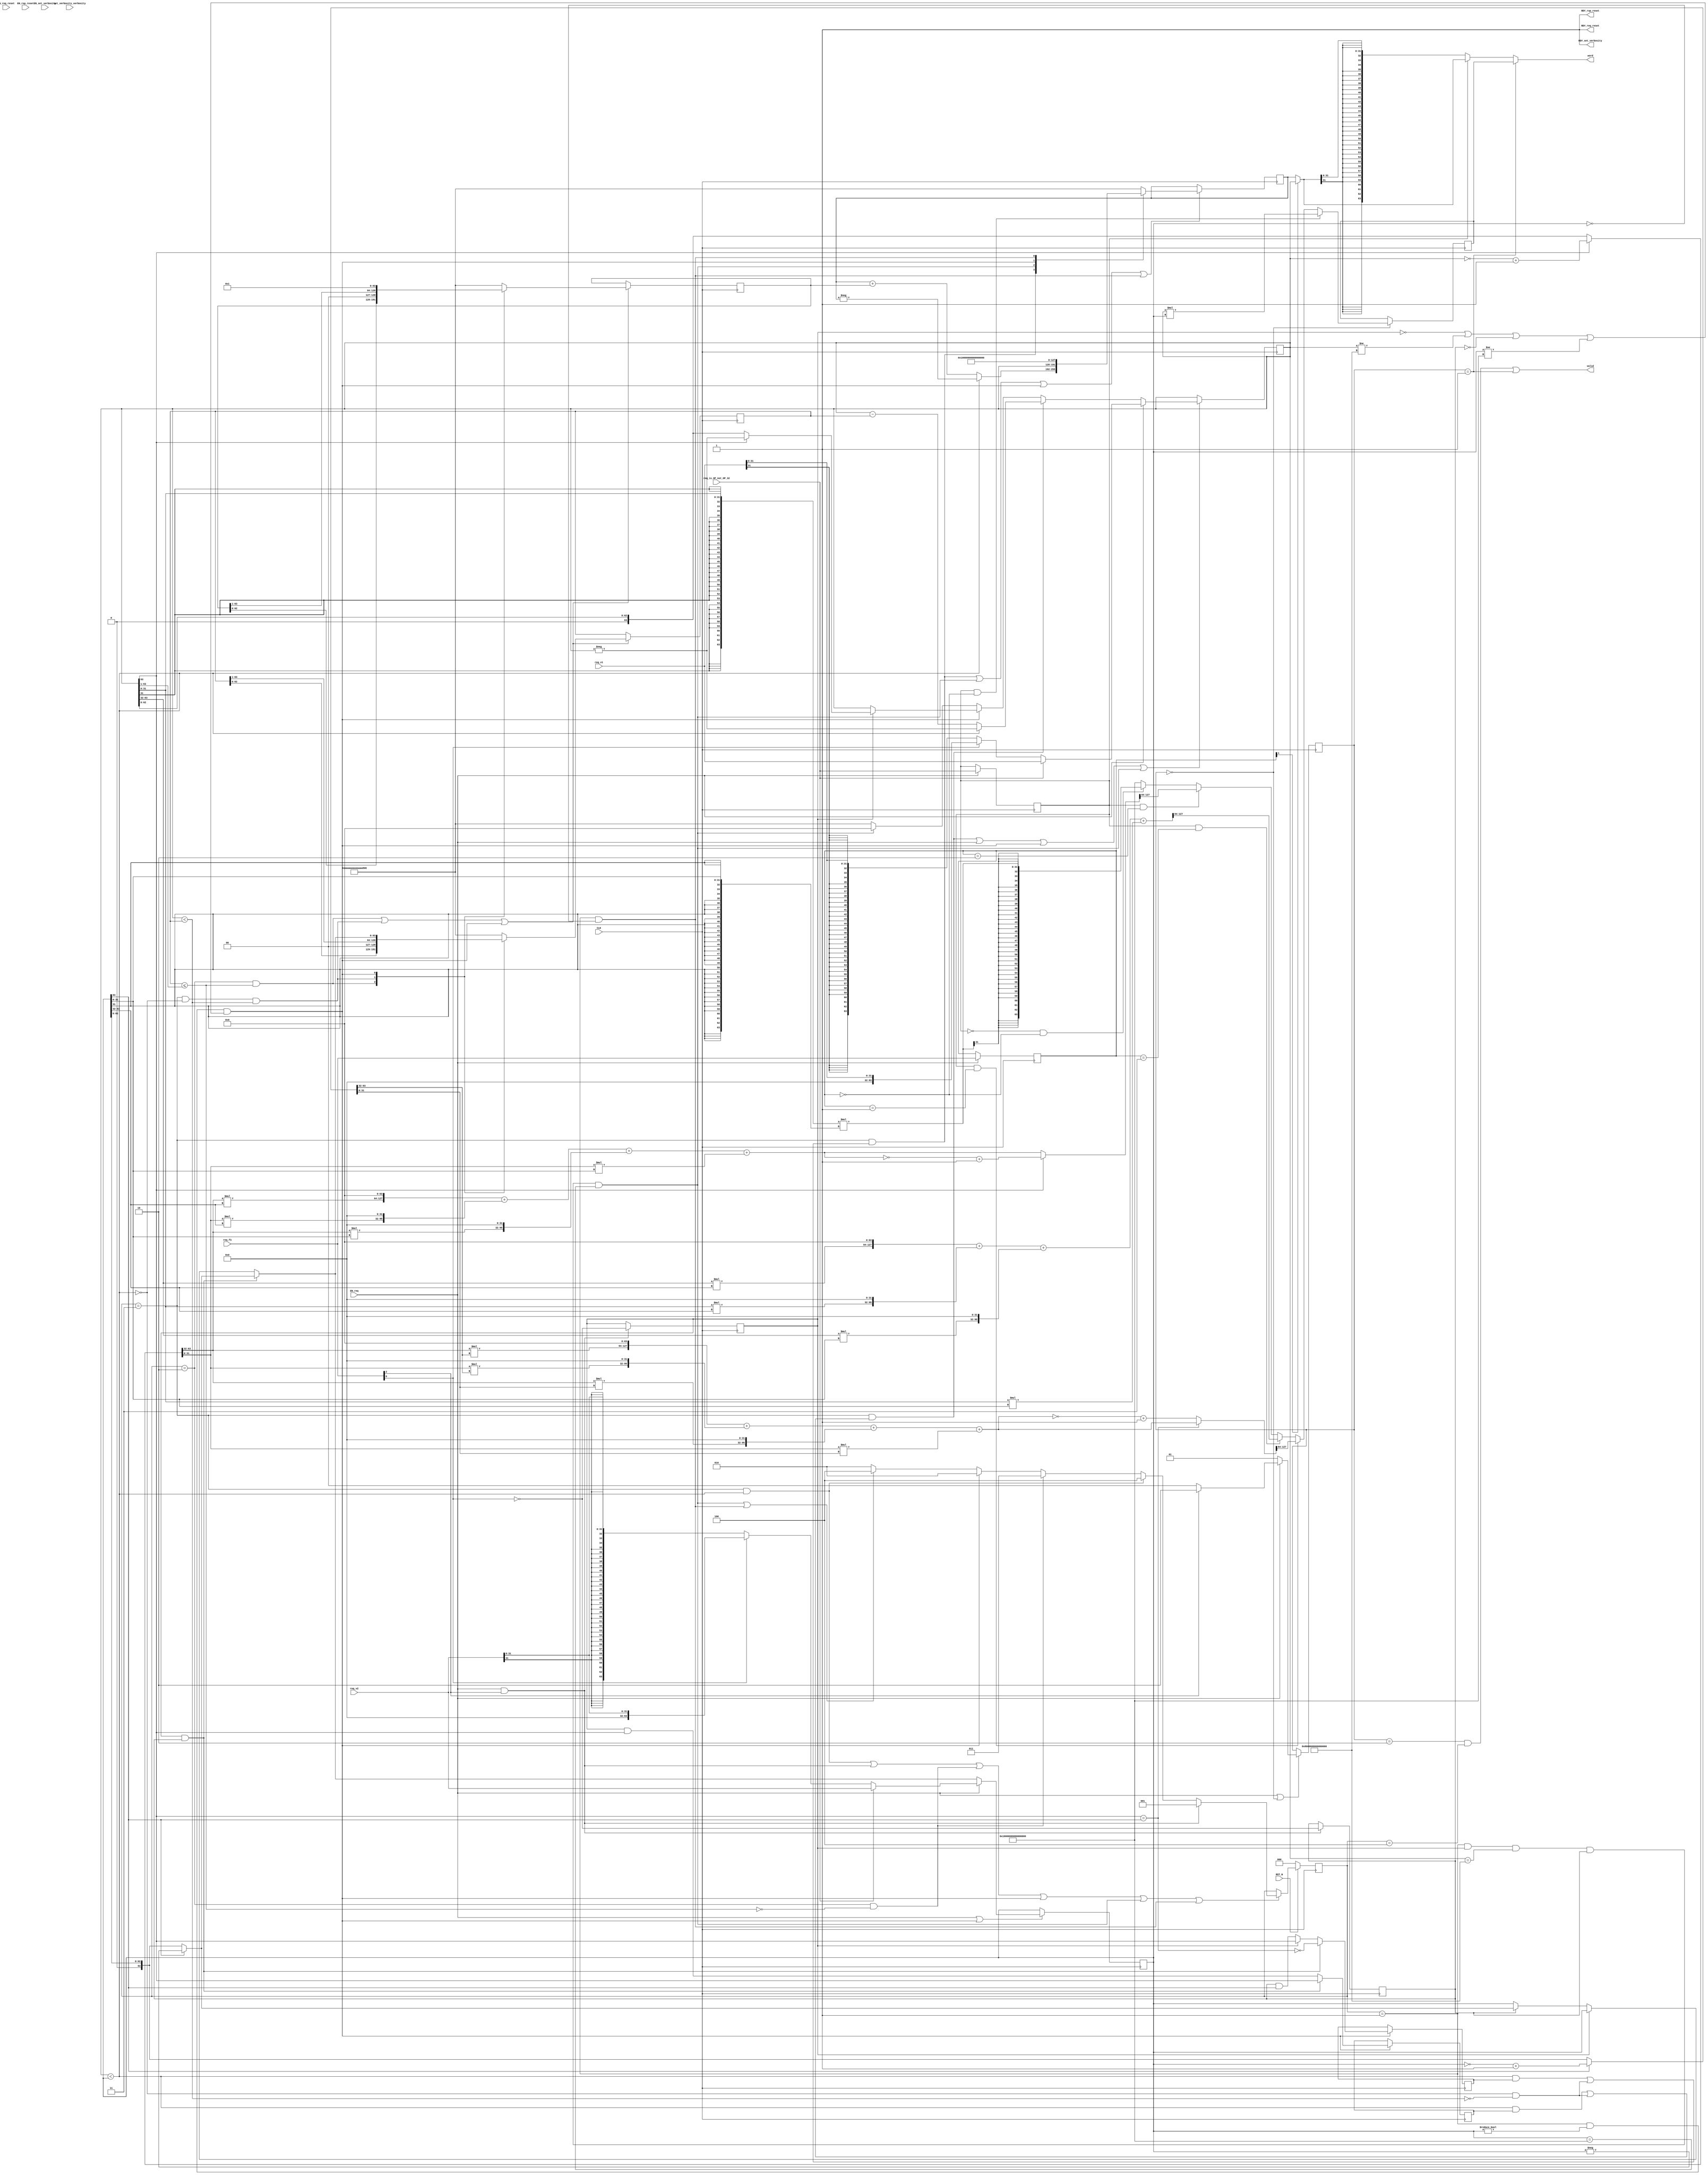
//
// Generated by Bluespec Compiler, version 2019.05.beta2 (build a88bf40db, 2019-05-24)
//
//
//
//
// Ports:
// Name                         I/O  size props
// RDY_set_verbosity              O     1 const
// RDY_req_reset                  O     1 const
// RDY_rsp_reset                  O     1 const
// valid                          O     1
// word                           O    64
// CLK                            I     1 clock
// RST_N                          I     1 reset
// set_verbosity_verbosity        I     4 reg
// req_is_OP_not_OP_32            I     1
// req_f3                         I     3
// req_v1                         I    64
// req_v2                         I    64
// EN_set_verbosity               I     1
// EN_req_reset                   I     1 unused
// EN_rsp_reset                   I     1 unused
// EN_req                         I     1
//
// No combinational paths from inputs to outputs
//
//

`ifdef BSV_ASSIGNMENT_DELAY
`else
  `define BSV_ASSIGNMENT_DELAY
`endif

`ifdef BSV_POSITIVE_RESET
  `define BSV_RESET_VALUE 1'b1
  `define BSV_RESET_EDGE posedge
`else
  `define BSV_RESET_VALUE 1'b0
  `define BSV_RESET_EDGE negedge
`endif

module mkRISCV_MBox(CLK,
		    RST_N,

		    set_verbosity_verbosity,
		    EN_set_verbosity,
		    RDY_set_verbosity,

		    EN_req_reset,
		    RDY_req_reset,

		    EN_rsp_reset,
		    RDY_rsp_reset,

		    req_is_OP_not_OP_32,
		    req_f3,
		    req_v1,
		    req_v2,
		    EN_req,

		    valid,

		    word);
  input  CLK;
  input  RST_N;

  // action method set_verbosity
  input  [3 : 0] set_verbosity_verbosity;
  input  EN_set_verbosity;
  output RDY_set_verbosity;

  // action method req_reset
  input  EN_req_reset;
  output RDY_req_reset;

  // action method rsp_reset
  input  EN_rsp_reset;
  output RDY_rsp_reset;

  // action method req
  input  req_is_OP_not_OP_32;
  input  [2 : 0] req_f3;
  input  [63 : 0] req_v1;
  input  [63 : 0] req_v2;
  input  EN_req;

  // value method valid
  output valid;

  // value method word
  output [63 : 0] word;

  // signals for module outputs
  wire [63 : 0] word;
  wire RDY_req_reset, RDY_rsp_reset, RDY_set_verbosity, valid;

  // inlined wires
  wire dw_valid$whas;

  // register cfg_verbosity
  reg [3 : 0] cfg_verbosity;
  wire [3 : 0] cfg_verbosity$D_IN;
  wire cfg_verbosity$EN;

  // register intDiv_rg_denom2
  reg [63 : 0] intDiv_rg_denom2;
  reg [63 : 0] intDiv_rg_denom2$D_IN;
  wire intDiv_rg_denom2$EN;

  // register intDiv_rg_denom_is_signed
  reg intDiv_rg_denom_is_signed;
  wire intDiv_rg_denom_is_signed$D_IN, intDiv_rg_denom_is_signed$EN;

  // register intDiv_rg_n
  reg [63 : 0] intDiv_rg_n;
  reg [63 : 0] intDiv_rg_n$D_IN;
  wire intDiv_rg_n$EN;

  // register intDiv_rg_numer_is_signed
  reg intDiv_rg_numer_is_signed;
  wire intDiv_rg_numer_is_signed$D_IN, intDiv_rg_numer_is_signed$EN;

  // register intDiv_rg_quo
  reg [63 : 0] intDiv_rg_quo;
  reg [63 : 0] intDiv_rg_quo$D_IN;
  wire intDiv_rg_quo$EN;

  // register intDiv_rg_quoIsNeg
  reg intDiv_rg_quoIsNeg;
  wire intDiv_rg_quoIsNeg$D_IN, intDiv_rg_quoIsNeg$EN;

  // register intDiv_rg_remIsNeg
  reg intDiv_rg_remIsNeg;
  wire intDiv_rg_remIsNeg$D_IN, intDiv_rg_remIsNeg$EN;

  // register intDiv_rg_state
  reg [2 : 0] intDiv_rg_state;
  reg [2 : 0] intDiv_rg_state$D_IN;
  wire intDiv_rg_state$EN;

  // register rg_f3
  reg [2 : 0] rg_f3;
  wire [2 : 0] rg_f3$D_IN;
  wire rg_f3$EN;

  // register rg_is_OP_not_OP_32
  reg rg_is_OP_not_OP_32;
  wire rg_is_OP_not_OP_32$D_IN, rg_is_OP_not_OP_32$EN;

  // register rg_result
  reg [63 : 0] rg_result;
  wire [63 : 0] rg_result$D_IN;
  wire rg_result$EN;

  // register rg_state
  reg [1 : 0] rg_state;
  wire [1 : 0] rg_state$D_IN;
  wire rg_state$EN;

  // register rg_v1
  reg [63 : 0] rg_v1;
  reg [63 : 0] rg_v1$D_IN;
  wire rg_v1$EN;

  // register rg_v2
  reg [63 : 0] rg_v2;
  wire [63 : 0] rg_v2$D_IN;
  wire rg_v2$EN;

  // rule scheduling signals
  wire CAN_FIRE_RL_intDiv_rl_loop1,
       CAN_FIRE_RL_intDiv_rl_loop2,
       CAN_FIRE_RL_intDiv_rl_start_div_by_zero,
       CAN_FIRE_RL_intDiv_rl_start_overflow,
       CAN_FIRE_RL_intDiv_rl_start_s,
       CAN_FIRE_RL_rg_div_rem,
       CAN_FIRE_RL_rl_mul,
       CAN_FIRE_RL_rl_mul2,
       CAN_FIRE_req,
       CAN_FIRE_req_reset,
       CAN_FIRE_rsp_reset,
       CAN_FIRE_set_verbosity,
       WILL_FIRE_RL_intDiv_rl_loop1,
       WILL_FIRE_RL_intDiv_rl_loop2,
       WILL_FIRE_RL_intDiv_rl_start_div_by_zero,
       WILL_FIRE_RL_intDiv_rl_start_overflow,
       WILL_FIRE_RL_intDiv_rl_start_s,
       WILL_FIRE_RL_rg_div_rem,
       WILL_FIRE_RL_rl_mul,
       WILL_FIRE_RL_rl_mul2,
       WILL_FIRE_req,
       WILL_FIRE_req_reset,
       WILL_FIRE_rsp_reset,
       WILL_FIRE_set_verbosity;

  // inputs to muxes for submodule ports
  wire [63 : 0] MUX_dw_result$wset_1__VAL_2,
		MUX_intDiv_rg_denom2$write_1__VAL_1,
		MUX_intDiv_rg_denom2$write_1__VAL_2,
		MUX_intDiv_rg_denom2$write_1__VAL_3,
		MUX_intDiv_rg_n$write_1__VAL_1,
		MUX_intDiv_rg_n$write_1__VAL_2,
		MUX_intDiv_rg_quo$write_1__VAL_1,
		MUX_rg_v1$write_1__VAL_1,
		MUX_rg_v1$write_1__VAL_2,
		MUX_rg_v1$write_1__VAL_3,
		MUX_rg_v2$write_1__VAL_1;
  wire [1 : 0] MUX_rg_state$write_1__VAL_1;
  wire MUX_intDiv_rg_denom2$write_1__SEL_1,
       MUX_intDiv_rg_denom2$write_1__SEL_2,
       MUX_intDiv_rg_quo$write_1__SEL_1,
       MUX_intDiv_rg_state$write_1__SEL_1,
       MUX_intDiv_rg_state$write_1__SEL_2,
       MUX_intDiv_rg_state$write_1__SEL_3,
       MUX_rg_v1$write_1__SEL_2;

  // declarations used by system tasks
  // synopsys translate_off
  reg [31 : 0] v__h5659;
  reg [31 : 0] v__h5653;
  // synopsys translate_on

  // remaining internal signals
  wire [127 : 0] IF_rg_v1_BIT_63_5_EQ_rg_v2_BIT_63_0_6_THEN_pro_ETC__q8,
		 IF_rg_v1_BIT_63_THEN_prod___1257_ELSE_prod189__q6,
		 SEXT_rg_v1_BITS_31_TO_0_49_87_MUL_SEXT_rg_v2_B_ETC___d189,
		 _0x0_CONCAT_IF_rg_v1_BIT_63_5_THEN_INV_rg_v1_08_ETC___d118,
		 _0x0_CONCAT_IF_rg_v1_BIT_63_5_THEN_INV_rg_v1_08_ETC___d123,
		 _0x0_CONCAT_IF_rg_v1_BIT_63_5_THEN_INV_rg_v1_08_ETC___d129,
		 _0x0_CONCAT_IF_rg_v1_BIT_63_5_THEN_INV_rg_v1_08_ETC___d133,
		 _0x0_CONCAT_IF_rg_v1_BIT_63_5_THEN_INV_rg_v1_08_ETC___d167,
		 _0x0_CONCAT_IF_rg_v1_BIT_63_5_THEN_INV_rg_v1_08_ETC___d170,
		 _0x0_CONCAT_IF_rg_v1_BIT_63_5_THEN_INV_rg_v1_08_ETC___d174,
		 _0x0_CONCAT_IF_rg_v1_BIT_63_5_THEN_INV_rg_v1_08_ETC___d178,
		 _0x0_CONCAT_rg_v1_BITS_31_TO_0_49_50_MUL_0x0_CO_ETC___d151,
		 _0x0_CONCAT_rg_v1_BITS_31_TO_0_49_50_MUL_0x0_CO_ETC___d161,
		 _0x0_CONCAT_rg_v1_BITS_63_TO_32_42_43_MUL_0x0_C_ETC___d146,
		 _0x0_CONCAT_rg_v1_BITS_63_TO_32_42_43_MUL_0x0_C_ETC___d157,
		 prod___1__h4579,
		 prod___1__h5257,
		 prod__h4469,
		 prod__h5189,
		 rg_v1_MUL_rg_v2___d105,
		 x955_PLUS_y956__q7,
		 x__h4581,
		 x__h4611,
		 x__h4613,
		 x__h4615,
		 x__h4955,
		 x__h4957,
		 x__h4959,
		 x__h5259,
		 x__h5289,
		 x__h5291,
		 x__h5293,
		 y__h4612,
		 y__h4614,
		 y__h4616,
		 y__h4956,
		 y__h4958,
		 y__h4960,
		 y__h5290,
		 y__h5292,
		 y__h5294;
  wire [63 : 0] IF_rg_f3_4_BIT_1_02_THEN_rg_v1_ELSE_intDiv_rg__ETC___d203,
		IF_rg_v1_BIT_63_5_THEN_INV_rg_v1_08_PLUS_1_09__ETC___d110,
		IF_rg_v2_BIT_63_0_THEN_INV_rg_v2_13_PLUS_1_14__ETC___d115,
		_theResult___fst__h6116,
		_theResult___fst__h6146,
		_theResult___fst__h6172,
		_theResult___fst__h818,
		_theResult___snd__h6117,
		_theResult___snd__h6147,
		_theResult___snd__h6173,
		_theResult___snd_fst__h813,
		b__h4568,
		b__h5247,
		denom___1__h760,
		numer___1__h759,
		result___1__h5911,
		v__h4449,
		v__h4890,
		v__h5169,
		v__h5536,
		v__h5553,
		x__h3986,
		x__h4072,
		x__h4142,
		x__h4157,
		x__h4715,
		x__h5066,
		x__h5117,
		x__h5297,
		x__h5339,
		x__h5381,
		y__h3865,
		y__h4620,
		y__h4787,
		y__h5382,
		y__h5484;
  wire [31 : 0] IF_rg_f3_4_BIT_1_02_THEN_rg_v1_ELSE_intDiv_rg__ETC__q9,
		SEXT_rg_v1_BITS_31_TO_0_49_87_MUL_SEXT_rg_v2_B_ETC__q5,
		req_v1_BITS_31_TO_0__q1,
		req_v2_BITS_31_TO_0__q2,
		rg_v1_BITS_31_TO_0__q3,
		rg_v2_BITS_31_TO_0__q4;
  wire IF_intDiv_rg_numer_is_signed_THEN_rg_v1_BIT_63_ETC___d39,
       intDiv_rg_denom2_4_ULE_0_CONCAT_rg_v1_BITS_63__ETC___d47,
       rg_v1_BIT_63_5_EQ_rg_v2_BIT_63_0___d36,
       rg_v1_ULT_intDiv_rg_denom2_4___d59,
       rg_v1_ULT_rg_v2___d55;

  // action method set_verbosity
  assign RDY_set_verbosity = 1'd1 ;
  assign CAN_FIRE_set_verbosity = 1'd1 ;
  assign WILL_FIRE_set_verbosity = EN_set_verbosity ;

  // action method req_reset
  assign RDY_req_reset = 1'd1 ;
  assign CAN_FIRE_req_reset = 1'd1 ;
  assign WILL_FIRE_req_reset = EN_req_reset ;

  // action method rsp_reset
  assign RDY_rsp_reset = 1'd1 ;
  assign CAN_FIRE_rsp_reset = 1'd1 ;
  assign WILL_FIRE_rsp_reset = EN_rsp_reset ;

  // action method req
  assign CAN_FIRE_req = 1'd1 ;
  assign WILL_FIRE_req = EN_req ;

  // value method valid
  assign valid = dw_valid$whas ;

  // value method word
  assign word =
	     WILL_FIRE_RL_rl_mul2 ? rg_result : MUX_dw_result$wset_1__VAL_2 ;

  // rule RL_rl_mul
  assign CAN_FIRE_RL_rl_mul = rg_state == 2'd0 ;
  assign WILL_FIRE_RL_rl_mul = rg_state == 2'd0 ;

  // rule RL_rl_mul2
  assign CAN_FIRE_RL_rl_mul2 = rg_state == 2'd1 ;
  assign WILL_FIRE_RL_rl_mul2 = CAN_FIRE_RL_rl_mul2 ;

  // rule RL_rg_div_rem
  assign CAN_FIRE_RL_rg_div_rem =
	     rg_state == 2'd2 && intDiv_rg_state == 3'd4 ;
  assign WILL_FIRE_RL_rg_div_rem = CAN_FIRE_RL_rg_div_rem ;

  // rule RL_intDiv_rl_start_div_by_zero
  assign CAN_FIRE_RL_intDiv_rl_start_div_by_zero =
	     intDiv_rg_state == 3'd1 && rg_v2 == 64'd0 ;
  assign WILL_FIRE_RL_intDiv_rl_start_div_by_zero =
	     CAN_FIRE_RL_intDiv_rl_start_div_by_zero ;

  // rule RL_intDiv_rl_start_overflow
  assign CAN_FIRE_RL_intDiv_rl_start_overflow =
	     intDiv_rg_state == 3'd1 && intDiv_rg_numer_is_signed &&
	     rg_v1 == 64'h8000000000000000 &&
	     intDiv_rg_denom_is_signed &&
	     rg_v2 == 64'hFFFFFFFFFFFFFFFF ;
  assign WILL_FIRE_RL_intDiv_rl_start_overflow =
	     CAN_FIRE_RL_intDiv_rl_start_overflow ;

  // rule RL_intDiv_rl_start_s
  assign CAN_FIRE_RL_intDiv_rl_start_s =
	     intDiv_rg_state == 3'd1 && rg_v2 != 64'd0 &&
	     (!intDiv_rg_numer_is_signed || rg_v1 != 64'h8000000000000000 ||
	      !intDiv_rg_denom_is_signed ||
	      rg_v2 != 64'hFFFFFFFFFFFFFFFF) ;
  assign WILL_FIRE_RL_intDiv_rl_start_s = CAN_FIRE_RL_intDiv_rl_start_s ;

  // rule RL_intDiv_rl_loop1
  assign CAN_FIRE_RL_intDiv_rl_loop1 = intDiv_rg_state == 3'd2 ;
  assign WILL_FIRE_RL_intDiv_rl_loop1 = CAN_FIRE_RL_intDiv_rl_loop1 ;

  // rule RL_intDiv_rl_loop2
  assign CAN_FIRE_RL_intDiv_rl_loop2 = intDiv_rg_state == 3'd3 ;
  assign WILL_FIRE_RL_intDiv_rl_loop2 = CAN_FIRE_RL_intDiv_rl_loop2 ;

  // inputs to muxes for submodule ports
  assign MUX_intDiv_rg_denom2$write_1__SEL_1 =
	     WILL_FIRE_RL_intDiv_rl_loop1 &&
	     intDiv_rg_denom2_4_ULE_0_CONCAT_rg_v1_BITS_63__ETC___d47 ;
  assign MUX_intDiv_rg_denom2$write_1__SEL_2 =
	     WILL_FIRE_RL_intDiv_rl_loop2 && !rg_v1_ULT_rg_v2___d55 &&
	     rg_v1_ULT_intDiv_rg_denom2_4___d59 ;
  assign MUX_intDiv_rg_quo$write_1__SEL_1 =
	     WILL_FIRE_RL_intDiv_rl_loop2 &&
	     (rg_v1_ULT_rg_v2___d55 && intDiv_rg_quoIsNeg ||
	      !rg_v1_ULT_rg_v2___d55 && !rg_v1_ULT_intDiv_rg_denom2_4___d59) ;
  assign MUX_intDiv_rg_state$write_1__SEL_1 = EN_req && req_f3[2] ;
  assign MUX_intDiv_rg_state$write_1__SEL_2 =
	     WILL_FIRE_RL_intDiv_rl_loop2 && rg_v1_ULT_rg_v2___d55 ;
  assign MUX_intDiv_rg_state$write_1__SEL_3 =
	     WILL_FIRE_RL_intDiv_rl_loop1 &&
	     !intDiv_rg_denom2_4_ULE_0_CONCAT_rg_v1_BITS_63__ETC___d47 ;
  assign MUX_rg_v1$write_1__SEL_2 =
	     WILL_FIRE_RL_intDiv_rl_loop2 &&
	     (rg_v1_ULT_rg_v2___d55 && intDiv_rg_remIsNeg ||
	      !rg_v1_ULT_rg_v2___d55 && !rg_v1_ULT_intDiv_rg_denom2_4___d59) ;
  assign MUX_dw_result$wset_1__VAL_2 =
	     rg_is_OP_not_OP_32 ?
	       IF_rg_f3_4_BIT_1_02_THEN_rg_v1_ELSE_intDiv_rg__ETC___d203 :
	       result___1__h5911 ;
  assign MUX_intDiv_rg_denom2$write_1__VAL_1 =
	     { intDiv_rg_denom2[62:0], 1'd0 } ;
  assign MUX_intDiv_rg_denom2$write_1__VAL_2 =
	     { 1'd0, intDiv_rg_denom2[63:1] } ;
  assign MUX_intDiv_rg_denom2$write_1__VAL_3 =
	     (intDiv_rg_numer_is_signed && intDiv_rg_denom_is_signed) ?
	       denom___1__h760 :
	       _theResult___snd_fst__h813 ;
  assign MUX_intDiv_rg_n$write_1__VAL_1 = { intDiv_rg_n[62:0], 1'd0 } ;
  assign MUX_intDiv_rg_n$write_1__VAL_2 = { 1'd0, intDiv_rg_n[63:1] } ;
  assign MUX_intDiv_rg_quo$write_1__VAL_1 =
	     rg_v1_ULT_rg_v2___d55 ? x__h4072 : x__h4157 ;
  assign MUX_rg_state$write_1__VAL_1 = req_f3[2] ? 2'd2 : 2'd0 ;
  assign MUX_rg_v1$write_1__VAL_1 =
	     req_is_OP_not_OP_32 ? req_v1 : _theResult___fst__h6116 ;
  assign MUX_rg_v1$write_1__VAL_2 =
	     rg_v1_ULT_rg_v2___d55 ? x__h4142 : x__h3986 ;
  assign MUX_rg_v1$write_1__VAL_3 =
	     intDiv_rg_numer_is_signed ? numer___1__h759 : rg_v1 ;
  assign MUX_rg_v2$write_1__VAL_1 =
	     req_is_OP_not_OP_32 ? req_v2 : _theResult___snd__h6117 ;

  // inlined wires
  assign dw_valid$whas = WILL_FIRE_RL_rg_div_rem || WILL_FIRE_RL_rl_mul2 ;

  // register cfg_verbosity
  assign cfg_verbosity$D_IN = set_verbosity_verbosity ;
  assign cfg_verbosity$EN = EN_set_verbosity ;

  // register intDiv_rg_denom2
  always@(MUX_intDiv_rg_denom2$write_1__SEL_1 or
	  MUX_intDiv_rg_denom2$write_1__VAL_1 or
	  MUX_intDiv_rg_denom2$write_1__SEL_2 or
	  MUX_intDiv_rg_denom2$write_1__VAL_2 or
	  WILL_FIRE_RL_intDiv_rl_start_s or
	  MUX_intDiv_rg_denom2$write_1__VAL_3)
  begin
    case (1'b1) // synopsys parallel_case
      MUX_intDiv_rg_denom2$write_1__SEL_1:
	  intDiv_rg_denom2$D_IN = MUX_intDiv_rg_denom2$write_1__VAL_1;
      MUX_intDiv_rg_denom2$write_1__SEL_2:
	  intDiv_rg_denom2$D_IN = MUX_intDiv_rg_denom2$write_1__VAL_2;
      WILL_FIRE_RL_intDiv_rl_start_s:
	  intDiv_rg_denom2$D_IN = MUX_intDiv_rg_denom2$write_1__VAL_3;
      default: intDiv_rg_denom2$D_IN =
		   64'hAAAAAAAAAAAAAAAA /* unspecified value */ ;
    endcase
  end
  assign intDiv_rg_denom2$EN =
	     WILL_FIRE_RL_intDiv_rl_loop1 &&
	     intDiv_rg_denom2_4_ULE_0_CONCAT_rg_v1_BITS_63__ETC___d47 ||
	     WILL_FIRE_RL_intDiv_rl_loop2 && !rg_v1_ULT_rg_v2___d55 &&
	     rg_v1_ULT_intDiv_rg_denom2_4___d59 ||
	     WILL_FIRE_RL_intDiv_rl_start_s ;

  // register intDiv_rg_denom_is_signed
  assign intDiv_rg_denom_is_signed$D_IN = !req_f3[0] ;
  assign intDiv_rg_denom_is_signed$EN = MUX_intDiv_rg_state$write_1__SEL_1 ;

  // register intDiv_rg_n
  always@(MUX_intDiv_rg_denom2$write_1__SEL_1 or
	  MUX_intDiv_rg_n$write_1__VAL_1 or
	  MUX_intDiv_rg_denom2$write_1__SEL_2 or
	  MUX_intDiv_rg_n$write_1__VAL_2 or WILL_FIRE_RL_intDiv_rl_start_s)
  begin
    case (1'b1) // synopsys parallel_case
      MUX_intDiv_rg_denom2$write_1__SEL_1:
	  intDiv_rg_n$D_IN = MUX_intDiv_rg_n$write_1__VAL_1;
      MUX_intDiv_rg_denom2$write_1__SEL_2:
	  intDiv_rg_n$D_IN = MUX_intDiv_rg_n$write_1__VAL_2;
      WILL_FIRE_RL_intDiv_rl_start_s: intDiv_rg_n$D_IN = 64'd1;
      default: intDiv_rg_n$D_IN =
		   64'hAAAAAAAAAAAAAAAA /* unspecified value */ ;
    endcase
  end
  assign intDiv_rg_n$EN =
	     WILL_FIRE_RL_intDiv_rl_loop1 &&
	     intDiv_rg_denom2_4_ULE_0_CONCAT_rg_v1_BITS_63__ETC___d47 ||
	     WILL_FIRE_RL_intDiv_rl_loop2 && !rg_v1_ULT_rg_v2___d55 &&
	     rg_v1_ULT_intDiv_rg_denom2_4___d59 ||
	     WILL_FIRE_RL_intDiv_rl_start_s ;

  // register intDiv_rg_numer_is_signed
  assign intDiv_rg_numer_is_signed$D_IN = !req_f3[0] ;
  assign intDiv_rg_numer_is_signed$EN = MUX_intDiv_rg_state$write_1__SEL_1 ;

  // register intDiv_rg_quo
  always@(MUX_intDiv_rg_quo$write_1__SEL_1 or
	  MUX_intDiv_rg_quo$write_1__VAL_1 or
	  WILL_FIRE_RL_intDiv_rl_start_overflow or
	  rg_v1 or
	  WILL_FIRE_RL_intDiv_rl_start_s or
	  WILL_FIRE_RL_intDiv_rl_start_div_by_zero)
  begin
    case (1'b1) // synopsys parallel_case
      MUX_intDiv_rg_quo$write_1__SEL_1:
	  intDiv_rg_quo$D_IN = MUX_intDiv_rg_quo$write_1__VAL_1;
      WILL_FIRE_RL_intDiv_rl_start_overflow: intDiv_rg_quo$D_IN = rg_v1;
      WILL_FIRE_RL_intDiv_rl_start_s: intDiv_rg_quo$D_IN = 64'd0;
      WILL_FIRE_RL_intDiv_rl_start_div_by_zero:
	  intDiv_rg_quo$D_IN = 64'hFFFFFFFFFFFFFFFF;
      default: intDiv_rg_quo$D_IN =
		   64'hAAAAAAAAAAAAAAAA /* unspecified value */ ;
    endcase
  end
  assign intDiv_rg_quo$EN =
	     MUX_intDiv_rg_quo$write_1__SEL_1 ||
	     WILL_FIRE_RL_intDiv_rl_start_overflow ||
	     WILL_FIRE_RL_intDiv_rl_start_s ||
	     WILL_FIRE_RL_intDiv_rl_start_div_by_zero ;

  // register intDiv_rg_quoIsNeg
  assign intDiv_rg_quoIsNeg$D_IN =
	     (intDiv_rg_numer_is_signed && intDiv_rg_denom_is_signed) ?
	       !rg_v1_BIT_63_5_EQ_rg_v2_BIT_63_0___d36 :
	       IF_intDiv_rg_numer_is_signed_THEN_rg_v1_BIT_63_ETC___d39 ;
  assign intDiv_rg_quoIsNeg$EN = CAN_FIRE_RL_intDiv_rl_start_s ;

  // register intDiv_rg_remIsNeg
  assign intDiv_rg_remIsNeg$D_IN =
	     (intDiv_rg_numer_is_signed && intDiv_rg_denom_is_signed) ?
	       rg_v1[63] :
	       intDiv_rg_numer_is_signed && rg_v1[63] ;
  assign intDiv_rg_remIsNeg$EN = CAN_FIRE_RL_intDiv_rl_start_s ;

  // register intDiv_rg_state
  always@(MUX_intDiv_rg_state$write_1__SEL_1 or
	  MUX_intDiv_rg_state$write_1__SEL_2 or
	  MUX_intDiv_rg_state$write_1__SEL_3 or
	  WILL_FIRE_RL_intDiv_rl_start_s or
	  WILL_FIRE_RL_intDiv_rl_start_overflow or
	  WILL_FIRE_RL_intDiv_rl_start_div_by_zero)
  case (1'b1)
    MUX_intDiv_rg_state$write_1__SEL_1: intDiv_rg_state$D_IN = 3'd1;
    MUX_intDiv_rg_state$write_1__SEL_2: intDiv_rg_state$D_IN = 3'd4;
    MUX_intDiv_rg_state$write_1__SEL_3: intDiv_rg_state$D_IN = 3'd3;
    WILL_FIRE_RL_intDiv_rl_start_s: intDiv_rg_state$D_IN = 3'd2;
    WILL_FIRE_RL_intDiv_rl_start_overflow ||
    WILL_FIRE_RL_intDiv_rl_start_div_by_zero:
	intDiv_rg_state$D_IN = 3'd4;
    default: intDiv_rg_state$D_IN = 3'b010 /* unspecified value */ ;
  endcase
  assign intDiv_rg_state$EN =
	     WILL_FIRE_RL_intDiv_rl_loop2 && rg_v1_ULT_rg_v2___d55 ||
	     EN_req && req_f3[2] ||
	     WILL_FIRE_RL_intDiv_rl_loop1 &&
	     !intDiv_rg_denom2_4_ULE_0_CONCAT_rg_v1_BITS_63__ETC___d47 ||
	     WILL_FIRE_RL_intDiv_rl_start_s ||
	     WILL_FIRE_RL_intDiv_rl_start_overflow ||
	     WILL_FIRE_RL_intDiv_rl_start_div_by_zero ;

  // register rg_f3
  assign rg_f3$D_IN = req_f3 ;
  assign rg_f3$EN = EN_req ;

  // register rg_is_OP_not_OP_32
  assign rg_is_OP_not_OP_32$D_IN = req_is_OP_not_OP_32 ;
  assign rg_is_OP_not_OP_32$EN = EN_req ;

  // register rg_result
  assign rg_result$D_IN =
	     (rg_is_OP_not_OP_32 && rg_f3 == 3'b0) ?
	       rg_v1_MUL_rg_v2___d105[63:0] :
	       v__h4449 ;
  assign rg_result$EN = rg_state == 2'd0 ;

  // register rg_state
  assign rg_state$D_IN = EN_req ? MUX_rg_state$write_1__VAL_1 : 2'd1 ;
  assign rg_state$EN = EN_req || WILL_FIRE_RL_rl_mul ;

  // register rg_v1
  always@(EN_req or
	  MUX_rg_v1$write_1__VAL_1 or
	  MUX_rg_v1$write_1__SEL_2 or
	  MUX_rg_v1$write_1__VAL_2 or
	  WILL_FIRE_RL_intDiv_rl_start_s or
	  MUX_rg_v1$write_1__VAL_3 or WILL_FIRE_RL_intDiv_rl_start_overflow)
  case (1'b1)
    EN_req: rg_v1$D_IN = MUX_rg_v1$write_1__VAL_1;
    MUX_rg_v1$write_1__SEL_2: rg_v1$D_IN = MUX_rg_v1$write_1__VAL_2;
    WILL_FIRE_RL_intDiv_rl_start_s: rg_v1$D_IN = MUX_rg_v1$write_1__VAL_3;
    WILL_FIRE_RL_intDiv_rl_start_overflow: rg_v1$D_IN = 64'd0;
    default: rg_v1$D_IN = 64'hAAAAAAAAAAAAAAAA /* unspecified value */ ;
  endcase
  assign rg_v1$EN =
	     MUX_rg_v1$write_1__SEL_2 || EN_req ||
	     WILL_FIRE_RL_intDiv_rl_start_s ||
	     WILL_FIRE_RL_intDiv_rl_start_overflow ;

  // register rg_v2
  assign rg_v2$D_IN =
	     EN_req ?
	       MUX_rg_v2$write_1__VAL_1 :
	       MUX_intDiv_rg_denom2$write_1__VAL_3 ;
  assign rg_v2$EN = EN_req || WILL_FIRE_RL_intDiv_rl_start_s ;

  // remaining internal signals
  assign IF_intDiv_rg_numer_is_signed_THEN_rg_v1_BIT_63_ETC___d39 =
	     intDiv_rg_numer_is_signed ?
	       rg_v1[63] :
	       intDiv_rg_denom_is_signed && rg_v2[63] ;
  assign IF_rg_f3_4_BIT_1_02_THEN_rg_v1_ELSE_intDiv_rg__ETC___d203 =
	     rg_f3[1] ? rg_v1 : intDiv_rg_quo ;
  assign IF_rg_f3_4_BIT_1_02_THEN_rg_v1_ELSE_intDiv_rg__ETC__q9 =
	     IF_rg_f3_4_BIT_1_02_THEN_rg_v1_ELSE_intDiv_rg__ETC___d203[31:0] ;
  assign IF_rg_v1_BIT_63_5_EQ_rg_v2_BIT_63_0_6_THEN_pro_ETC__q8 =
	     rg_v1_BIT_63_5_EQ_rg_v2_BIT_63_0___d36 ?
	       prod__h4469 :
	       prod___1__h4579 ;
  assign IF_rg_v1_BIT_63_5_THEN_INV_rg_v1_08_PLUS_1_09__ETC___d110 =
	     rg_v1[63] ? b__h5247 : rg_v1 ;
  assign IF_rg_v1_BIT_63_THEN_prod___1257_ELSE_prod189__q6 =
	     rg_v1[63] ? prod___1__h5257 : prod__h5189 ;
  assign IF_rg_v2_BIT_63_0_THEN_INV_rg_v2_13_PLUS_1_14__ETC___d115 =
	     rg_v2[63] ? b__h4568 : rg_v2 ;
  assign SEXT_rg_v1_BITS_31_TO_0_49_87_MUL_SEXT_rg_v2_B_ETC___d189 =
	     { {32{rg_v1_BITS_31_TO_0__q3[31]}}, rg_v1_BITS_31_TO_0__q3 } *
	     { {32{rg_v2_BITS_31_TO_0__q4[31]}}, rg_v2_BITS_31_TO_0__q4 } ;
  assign SEXT_rg_v1_BITS_31_TO_0_49_87_MUL_SEXT_rg_v2_B_ETC__q5 =
	     SEXT_rg_v1_BITS_31_TO_0_49_87_MUL_SEXT_rg_v2_B_ETC___d189[31:0] ;
  assign _0x0_CONCAT_IF_rg_v1_BIT_63_5_THEN_INV_rg_v1_08_ETC___d118 =
	     x__h5297 * y__h4620 ;
  assign _0x0_CONCAT_IF_rg_v1_BIT_63_5_THEN_INV_rg_v1_08_ETC___d123 =
	     x__h5381 * y__h4620 ;
  assign _0x0_CONCAT_IF_rg_v1_BIT_63_5_THEN_INV_rg_v1_08_ETC___d129 =
	     x__h5297 * y__h4787 ;
  assign _0x0_CONCAT_IF_rg_v1_BIT_63_5_THEN_INV_rg_v1_08_ETC___d133 =
	     x__h5381 * y__h4787 ;
  assign _0x0_CONCAT_IF_rg_v1_BIT_63_5_THEN_INV_rg_v1_08_ETC___d167 =
	     x__h5297 * y__h5382 ;
  assign _0x0_CONCAT_IF_rg_v1_BIT_63_5_THEN_INV_rg_v1_08_ETC___d170 =
	     x__h5381 * y__h5382 ;
  assign _0x0_CONCAT_IF_rg_v1_BIT_63_5_THEN_INV_rg_v1_08_ETC___d174 =
	     x__h5297 * y__h5484 ;
  assign _0x0_CONCAT_IF_rg_v1_BIT_63_5_THEN_INV_rg_v1_08_ETC___d178 =
	     x__h5381 * y__h5484 ;
  assign _0x0_CONCAT_rg_v1_BITS_31_TO_0_49_50_MUL_0x0_CO_ETC___d151 =
	     x__h5117 * y__h5382 ;
  assign _0x0_CONCAT_rg_v1_BITS_31_TO_0_49_50_MUL_0x0_CO_ETC___d161 =
	     x__h5117 * y__h5484 ;
  assign _0x0_CONCAT_rg_v1_BITS_63_TO_32_42_43_MUL_0x0_C_ETC___d146 =
	     x__h5066 * y__h5382 ;
  assign _0x0_CONCAT_rg_v1_BITS_63_TO_32_42_43_MUL_0x0_C_ETC___d157 =
	     x__h5066 * y__h5484 ;
  assign _theResult___fst__h6116 =
	     req_f3[0] ? _theResult___fst__h6172 : _theResult___fst__h6146 ;
  assign _theResult___fst__h6146 =
	     { {32{req_v1_BITS_31_TO_0__q1[31]}}, req_v1_BITS_31_TO_0__q1 } ;
  assign _theResult___fst__h6172 = { 32'd0, req_v1[31:0] } ;
  assign _theResult___fst__h818 =
	     intDiv_rg_denom_is_signed ? denom___1__h760 : rg_v2 ;
  assign _theResult___snd__h6117 =
	     req_f3[0] ? _theResult___snd__h6173 : _theResult___snd__h6147 ;
  assign _theResult___snd__h6147 =
	     { {32{req_v2_BITS_31_TO_0__q2[31]}}, req_v2_BITS_31_TO_0__q2 } ;
  assign _theResult___snd__h6173 = { 32'd0, req_v2[31:0] } ;
  assign _theResult___snd_fst__h813 =
	     intDiv_rg_numer_is_signed ? rg_v2 : _theResult___fst__h818 ;
  assign b__h4568 = x__h4715 + 64'd1 ;
  assign b__h5247 = x__h5339 + 64'd1 ;
  assign denom___1__h760 = rg_v2[63] ? -rg_v2 : rg_v2 ;
  assign intDiv_rg_denom2_4_ULE_0_CONCAT_rg_v1_BITS_63__ETC___d47 =
	     intDiv_rg_denom2 <= y__h3865 ;
  assign numer___1__h759 = rg_v1[63] ? x__h4142 : rg_v1 ;
  assign prod___1__h4579 = x__h4581 + 128'd1 ;
  assign prod___1__h5257 = x__h5259 + 128'd1 ;
  assign prod__h4469 = x__h4611 + y__h4612 ;
  assign prod__h5189 = x__h5289 + y__h5290 ;
  assign req_v1_BITS_31_TO_0__q1 = req_v1[31:0] ;
  assign req_v2_BITS_31_TO_0__q2 = req_v2[31:0] ;
  assign result___1__h5911 =
	     { {32{IF_rg_f3_4_BIT_1_02_THEN_rg_v1_ELSE_intDiv_rg__ETC__q9[31]}},
	       IF_rg_f3_4_BIT_1_02_THEN_rg_v1_ELSE_intDiv_rg__ETC__q9 } ;
  assign rg_v1_BITS_31_TO_0__q3 = rg_v1[31:0] ;
  assign rg_v1_BIT_63_5_EQ_rg_v2_BIT_63_0___d36 = rg_v1[63] == rg_v2[63] ;
  assign rg_v1_MUL_rg_v2___d105 = rg_v1 * rg_v2 ;
  assign rg_v1_ULT_intDiv_rg_denom2_4___d59 = rg_v1 < intDiv_rg_denom2 ;
  assign rg_v1_ULT_rg_v2___d55 = rg_v1 < rg_v2 ;
  assign rg_v2_BITS_31_TO_0__q4 = rg_v2[31:0] ;
  assign v__h4449 =
	     (rg_is_OP_not_OP_32 && rg_f3 == 3'b001) ?
	       IF_rg_v1_BIT_63_5_EQ_rg_v2_BIT_63_0_6_THEN_pro_ETC__q8[127:64] :
	       v__h4890 ;
  assign v__h4890 =
	     (rg_is_OP_not_OP_32 && rg_f3 == 3'b011) ?
	       x955_PLUS_y956__q7[127:64] :
	       v__h5169 ;
  assign v__h5169 =
	     (rg_is_OP_not_OP_32 && rg_f3 == 3'b010) ?
	       IF_rg_v1_BIT_63_THEN_prod___1257_ELSE_prod189__q6[127:64] :
	       v__h5536 ;
  assign v__h5536 =
	     (!rg_is_OP_not_OP_32 && rg_f3 == 3'b0) ?
	       v__h5553 :
	       64'hFFFFFFFFFFFFFFFF ;
  assign v__h5553 =
	     { {32{SEXT_rg_v1_BITS_31_TO_0_49_87_MUL_SEXT_rg_v2_B_ETC__q5[31]}},
	       SEXT_rg_v1_BITS_31_TO_0_49_87_MUL_SEXT_rg_v2_B_ETC__q5 } ;
  assign x955_PLUS_y956__q7 = x__h4955 + y__h4956 ;
  assign x__h3986 = rg_v1 - intDiv_rg_denom2 ;
  assign x__h4072 = -intDiv_rg_quo ;
  assign x__h4142 = -rg_v1 ;
  assign x__h4157 = intDiv_rg_quo + intDiv_rg_n ;
  assign x__h4581 = ~prod__h4469 ;
  assign x__h4611 = x__h4613 + y__h4614 ;
  assign x__h4613 = x__h4615 + y__h4616 ;
  assign x__h4615 =
	     { _0x0_CONCAT_IF_rg_v1_BIT_63_5_THEN_INV_rg_v1_08_ETC___d118[63:0],
	       64'h0 } ;
  assign x__h4715 = ~rg_v2 ;
  assign x__h4955 = x__h4957 + y__h4958 ;
  assign x__h4957 = x__h4959 + y__h4960 ;
  assign x__h4959 =
	     { _0x0_CONCAT_rg_v1_BITS_63_TO_32_42_43_MUL_0x0_C_ETC___d146[63:0],
	       64'h0 } ;
  assign x__h5066 = { 32'h0, rg_v1[63:32] } ;
  assign x__h5117 = { 32'h0, rg_v1[31:0] } ;
  assign x__h5259 = ~prod__h5189 ;
  assign x__h5289 = x__h5291 + y__h5292 ;
  assign x__h5291 = x__h5293 + y__h5294 ;
  assign x__h5293 =
	     { _0x0_CONCAT_IF_rg_v1_BIT_63_5_THEN_INV_rg_v1_08_ETC___d167[63:0],
	       64'h0 } ;
  assign x__h5297 =
	     { 32'h0,
	       IF_rg_v1_BIT_63_5_THEN_INV_rg_v1_08_PLUS_1_09__ETC___d110[63:32] } ;
  assign x__h5339 = ~rg_v1 ;
  assign x__h5381 =
	     { 32'h0,
	       IF_rg_v1_BIT_63_5_THEN_INV_rg_v1_08_PLUS_1_09__ETC___d110[31:0] } ;
  assign y__h3865 = { 1'd0, rg_v1[63:1] } ;
  assign y__h4612 =
	     { 64'h0,
	       _0x0_CONCAT_IF_rg_v1_BIT_63_5_THEN_INV_rg_v1_08_ETC___d133[63:0] } ;
  assign y__h4614 =
	     { 32'h0,
	       _0x0_CONCAT_IF_rg_v1_BIT_63_5_THEN_INV_rg_v1_08_ETC___d129[63:0],
	       32'h0 } ;
  assign y__h4616 =
	     { 32'h0,
	       _0x0_CONCAT_IF_rg_v1_BIT_63_5_THEN_INV_rg_v1_08_ETC___d123[63:0],
	       32'h0 } ;
  assign y__h4620 =
	     { 32'h0,
	       IF_rg_v2_BIT_63_0_THEN_INV_rg_v2_13_PLUS_1_14__ETC___d115[63:32] } ;
  assign y__h4787 =
	     { 32'h0,
	       IF_rg_v2_BIT_63_0_THEN_INV_rg_v2_13_PLUS_1_14__ETC___d115[31:0] } ;
  assign y__h4956 =
	     { 64'h0,
	       _0x0_CONCAT_rg_v1_BITS_31_TO_0_49_50_MUL_0x0_CO_ETC___d161[63:0] } ;
  assign y__h4958 =
	     { 32'h0,
	       _0x0_CONCAT_rg_v1_BITS_63_TO_32_42_43_MUL_0x0_C_ETC___d157[63:0],
	       32'h0 } ;
  assign y__h4960 =
	     { 32'h0,
	       _0x0_CONCAT_rg_v1_BITS_31_TO_0_49_50_MUL_0x0_CO_ETC___d151[63:0],
	       32'h0 } ;
  assign y__h5290 =
	     { 64'h0,
	       _0x0_CONCAT_IF_rg_v1_BIT_63_5_THEN_INV_rg_v1_08_ETC___d178[63:0] } ;
  assign y__h5292 =
	     { 32'h0,
	       _0x0_CONCAT_IF_rg_v1_BIT_63_5_THEN_INV_rg_v1_08_ETC___d174[63:0],
	       32'h0 } ;
  assign y__h5294 =
	     { 32'h0,
	       _0x0_CONCAT_IF_rg_v1_BIT_63_5_THEN_INV_rg_v1_08_ETC___d170[63:0],
	       32'h0 } ;
  assign y__h5382 = { 32'h0, rg_v2[63:32] } ;
  assign y__h5484 = { 32'h0, rg_v2[31:0] } ;

  // handling of inlined registers

  always@(posedge CLK)
  begin
    if (RST_N == `BSV_RESET_VALUE)
      begin
        cfg_verbosity <= `BSV_ASSIGNMENT_DELAY 4'd0;
	intDiv_rg_state <= `BSV_ASSIGNMENT_DELAY 3'd0;
      end
    else
      begin
        if (cfg_verbosity$EN)
	  cfg_verbosity <= `BSV_ASSIGNMENT_DELAY cfg_verbosity$D_IN;
	if (intDiv_rg_state$EN)
	  intDiv_rg_state <= `BSV_ASSIGNMENT_DELAY intDiv_rg_state$D_IN;
      end
    if (intDiv_rg_denom2$EN)
      intDiv_rg_denom2 <= `BSV_ASSIGNMENT_DELAY intDiv_rg_denom2$D_IN;
    if (intDiv_rg_denom_is_signed$EN)
      intDiv_rg_denom_is_signed <= `BSV_ASSIGNMENT_DELAY
	  intDiv_rg_denom_is_signed$D_IN;
    if (intDiv_rg_n$EN) intDiv_rg_n <= `BSV_ASSIGNMENT_DELAY intDiv_rg_n$D_IN;
    if (intDiv_rg_numer_is_signed$EN)
      intDiv_rg_numer_is_signed <= `BSV_ASSIGNMENT_DELAY
	  intDiv_rg_numer_is_signed$D_IN;
    if (intDiv_rg_quo$EN)
      intDiv_rg_quo <= `BSV_ASSIGNMENT_DELAY intDiv_rg_quo$D_IN;
    if (intDiv_rg_quoIsNeg$EN)
      intDiv_rg_quoIsNeg <= `BSV_ASSIGNMENT_DELAY intDiv_rg_quoIsNeg$D_IN;
    if (intDiv_rg_remIsNeg$EN)
      intDiv_rg_remIsNeg <= `BSV_ASSIGNMENT_DELAY intDiv_rg_remIsNeg$D_IN;
    if (rg_f3$EN) rg_f3 <= `BSV_ASSIGNMENT_DELAY rg_f3$D_IN;
    if (rg_is_OP_not_OP_32$EN)
      rg_is_OP_not_OP_32 <= `BSV_ASSIGNMENT_DELAY rg_is_OP_not_OP_32$D_IN;
    if (rg_result$EN) rg_result <= `BSV_ASSIGNMENT_DELAY rg_result$D_IN;
    if (rg_state$EN) rg_state <= `BSV_ASSIGNMENT_DELAY rg_state$D_IN;
    if (rg_v1$EN) rg_v1 <= `BSV_ASSIGNMENT_DELAY rg_v1$D_IN;
    if (rg_v2$EN) rg_v2 <= `BSV_ASSIGNMENT_DELAY rg_v2$D_IN;
  end

  // synopsys translate_off
  `ifdef BSV_NO_INITIAL_BLOCKS
  `else // not BSV_NO_INITIAL_BLOCKS
  initial
  begin
    cfg_verbosity = 4'hA;
    intDiv_rg_denom2 = 64'hAAAAAAAAAAAAAAAA;
    intDiv_rg_denom_is_signed = 1'h0;
    intDiv_rg_n = 64'hAAAAAAAAAAAAAAAA;
    intDiv_rg_numer_is_signed = 1'h0;
    intDiv_rg_quo = 64'hAAAAAAAAAAAAAAAA;
    intDiv_rg_quoIsNeg = 1'h0;
    intDiv_rg_remIsNeg = 1'h0;
    intDiv_rg_state = 3'h2;
    rg_f3 = 3'h2;
    rg_is_OP_not_OP_32 = 1'h0;
    rg_result = 64'hAAAAAAAAAAAAAAAA;
    rg_state = 2'h2;
    rg_v1 = 64'hAAAAAAAAAAAAAAAA;
    rg_v2 = 64'hAAAAAAAAAAAAAAAA;
  end
  `endif // BSV_NO_INITIAL_BLOCKS
  // synopsys translate_on

  // handling of system tasks

  // synopsys translate_off
  always@(negedge CLK)
  begin
    #0;
    if (RST_N != `BSV_RESET_VALUE)
      if (WILL_FIRE_RL_rl_mul && cfg_verbosity > 4'd1)
	$display("    RISCV_MBox.rl_mul");
    if (RST_N != `BSV_RESET_VALUE)
      if (WILL_FIRE_RL_rl_mul && (!rg_is_OP_not_OP_32 || rg_f3 != 3'b0) &&
	  (!rg_is_OP_not_OP_32 || rg_f3 != 3'b001) &&
	  (!rg_is_OP_not_OP_32 || rg_f3 != 3'b011) &&
	  (!rg_is_OP_not_OP_32 || rg_f3 != 3'b010) &&
	  (rg_is_OP_not_OP_32 || rg_f3 != 3'b0))
	begin
	  v__h5659 = $stime;
	  #0;
	end
    v__h5653 = v__h5659 / 32'd10;
    if (RST_N != `BSV_RESET_VALUE)
      if (WILL_FIRE_RL_rl_mul && (!rg_is_OP_not_OP_32 || rg_f3 != 3'b0) &&
	  (!rg_is_OP_not_OP_32 || rg_f3 != 3'b001) &&
	  (!rg_is_OP_not_OP_32 || rg_f3 != 3'b011) &&
	  (!rg_is_OP_not_OP_32 || rg_f3 != 3'b010) &&
	  (rg_is_OP_not_OP_32 || rg_f3 != 3'b0))
	$display("%0d: ERROR: RISCV_MBox.rl_mul: illegal f3.", v__h5653);
    if (RST_N != `BSV_RESET_VALUE)
      if (WILL_FIRE_RL_rl_mul && (!rg_is_OP_not_OP_32 || rg_f3 != 3'b0) &&
	  (!rg_is_OP_not_OP_32 || rg_f3 != 3'b001) &&
	  (!rg_is_OP_not_OP_32 || rg_f3 != 3'b011) &&
	  (!rg_is_OP_not_OP_32 || rg_f3 != 3'b010) &&
	  (rg_is_OP_not_OP_32 || rg_f3 != 3'b0))
	$display("    f3 0x%0h  v1 0x%0h  v2 0x%0h", rg_f3, rg_v1, rg_v2);
    if (RST_N != `BSV_RESET_VALUE)
      if (WILL_FIRE_RL_rl_mul && (!rg_is_OP_not_OP_32 || rg_f3 != 3'b0) &&
	  (!rg_is_OP_not_OP_32 || rg_f3 != 3'b001) &&
	  (!rg_is_OP_not_OP_32 || rg_f3 != 3'b011) &&
	  (!rg_is_OP_not_OP_32 || rg_f3 != 3'b010) &&
	  (rg_is_OP_not_OP_32 || rg_f3 != 3'b0))
	$finish(32'd1);
  end
  // synopsys translate_on
endmodule  // mkRISCV_MBox